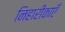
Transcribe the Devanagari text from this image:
निहारीकाएँ